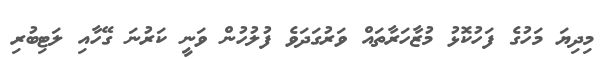
މިދިޔަ މަހުގެ ފަހުކޮޅު މުޒާހަރާތައް ވަރުގަދަވެ ފުލުހުން ވަނީ ކަރުނަ ގޭހާއި ލަޓިބުރި